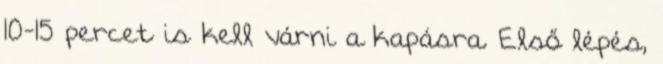
10-15 percet is kell várni a kapásra. Első lépés,